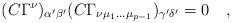
LaTeX: \begin{align*}(C \Gamma^\nu)_{\alpha' \beta'} (C \Gamma_{\nu \mu_1 \dots\mu_{p-1}})_{\gamma' \delta'}=0\quad,\end{align*}